Annual report on the Civil Veterinary Department, Burma (including the Insein Veterinary School) - 1910-1922
Year: 1910
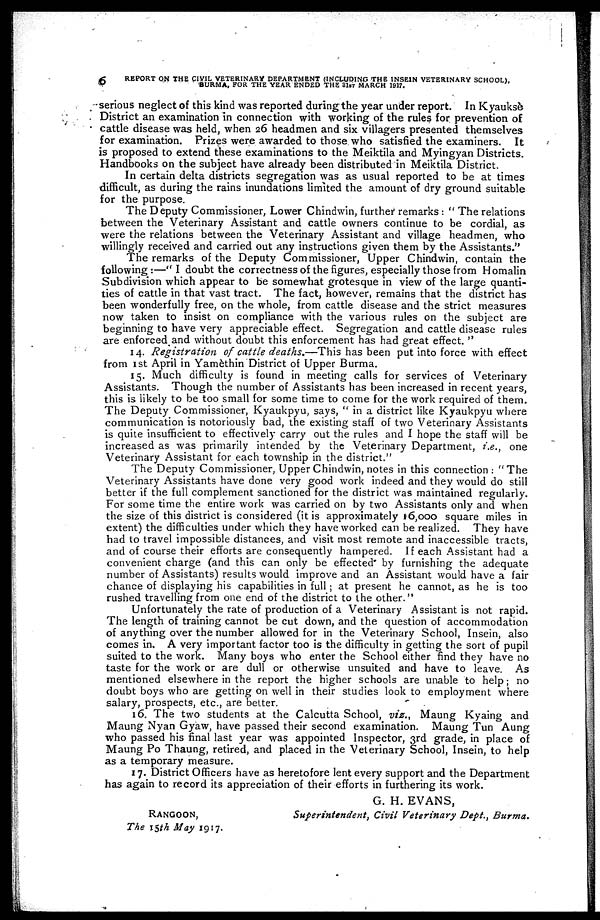
6.
REPORT ON THE CIVIL VETERINARY DEPARTMENT (INCLUDING THE INSEIN VETERINARY SCHOOL),
BURMA, FOR THE YEAR ENDED THE 31ST MARCH 1917.
serious neglect of this kind was reported during the year under report. In Kyauksè
District an examination in connection with working of the rules for prevention of
cattle disease was held, when 26 headmen and six villagers presented themselves
for examination. Prizes were awarded to those who satisfied the examiners. It
is proposed to extend these examinations to the Meiktila and Myingyan Districts.
Handbooks on the subject have already been distributed in Meiktila District.
In certain delta districts segregation was as usual reported to be at times
difficult, as during the rains inundations limited the amount of dry ground suitable
for the purpose.
The Deputy Commissioner, Lower Chindwin, further remarks : " The relations
between the Veterinary Assistant and cattle owners continue to be cordial, as
were the relations between the Veterinary Assistant and village headmen, who
willingly received and carried out any instructions given them by the Assistants."
The remarks of the Deputy Commissioner, Upper Chindwin, contain the
following :—" I doubt the correctness of the figures, especially those from Homalin
Subdivision which appear to be somewhat grotesque in view of the large quanti-
ties of cattle in that vast tract. The fact, however, remains that the district has
been wonderfully free, on the whole, from cattle disease and the strict measures
now taken to insist on compliance with the various rules on the subject are
beginning to have very appreciable effect. Segregation and cattle disease rules
are enforced and without doubt this enforcement has had great effect. "
14. Registration
of cattle deaths.—This has been put into force with effect
from 1st April in Yamèthin District of Upper Burma.
15. Much difficulty is found in meeting calls for services of Veterinary
Assistants. Though the number of Assistants has been increased in recent years,
this is likely to be too small for some time to come for the work required of them.
The Deputy Commissioner, Kyaukpyu, says, " in a district like Kyaukpyu where
communication is notoriously bad, the existing staff of two Veterinary Assistants
is quite insufficient to effectively carry out the rules and I hope the staff will be
increased as was primarily intended by the Veterinary Department, i.e., one
Veterinary Assistant for each township in the district."
The Deputy Commissioner, Upper Chindwin, notes in this connection : "The
Veterinary Assistants have done very good work indeed and they would do still
better if the full complement sanctioned for the district was maintained regularly.
For some time the entire work was carried on by two Assistants only and when
the size of this district is considered (it is approximately 16,000 square miles in
extent) the difficulties under which they have worked can be realized. They have
had to travel impossible distances, and visit most remote and inaccessible tracts,
and of course their efforts are consequently hampered. If each Assistant had a
convenient charge (and this can only be effected* by furnishing the adequate
number of Assistants) results would improve and an Assistant would have a fair
chance of displaying his capabilities in full ; at present he cannot, as he is too
rushed travelling from one end of the district to the other."
Unfortunately the rate of production of a Veterinary Assistant is not rapid.
The length of training cannot be cut down, and the question of accommodation
of anything over the number allowed for in the Veterinary School, Insein, also
comes in. A very important factor too is the difficulty in getting the sort of pupil
suited to the work. Many boys who enter the School either find they have no
taste for the work or are dull or otherwise unsuited and have to leave. As
mentioned elsewhere in the report the higher schools are unable to help; no
doubt boys who are getting on well in their studies look to employment where
salary, prospects, etc., are better.
16. The two students at the Calcutta School, viz., Maung Kyaing and
Maung Nyan Gyaw, have passed their second examination. Maung Tun Aung
who passed his final last year was appointed Inspector, 3rd grade, in place of
Maung Po Thaung, retired, and placed in the Veterinary School, Insein, to help
as a temporary measure.
17. District Officers have as heretofore lent every support and the Department
has again to record its appreciation of their efforts in furthering its work.
G. H. EVANS,
RANGOON,
Superintendent, Civil Veterinary Dept., Burma.
The 15th May 1917.